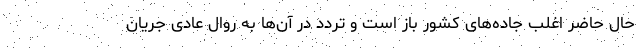
حال حاضر اغلب جاده‌های کشور باز است و تردد در آن‌ها به روال عادی جریان